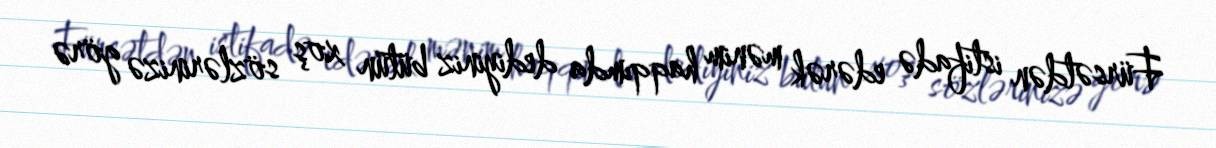
Fürsətdən istifadə edərək mənim haqqımda dediyiniz bütün xoş sözlərinizə görə